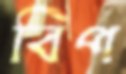
বিপ